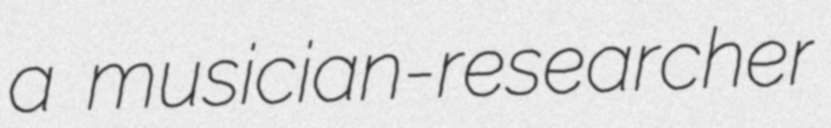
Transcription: a musician-researcher